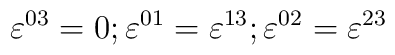
\varepsilon^{03} = 0; \varepsilon^{01} = \varepsilon^{13}; \varepsilon^{02} = \varepsilon^{23}